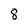
Character: 8